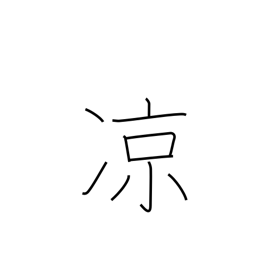
Meaning: nice and cool